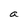
Character: a